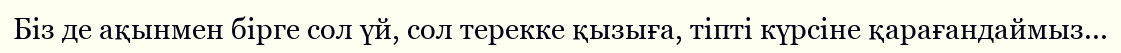
Біз де ақынмен бірге сол үй, сол терекке қызыға, тіпті күрсіне қарағандаймыз...